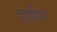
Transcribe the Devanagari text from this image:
हाइडैगर